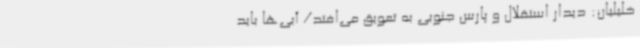
خلیلیان: دیدار استقلال و پارس جنوبی به تعویق می‌افتد/ آبی‌ها باید